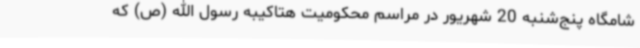
شامگاه پنج‌شنبه 20 شهریور در مراسم محکومیت هتاکیبه رسول الله (ص) که